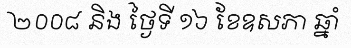
២០០៨ និង ថ្ងៃទី ១៦ ខែឧសភា ឆ្នាំ